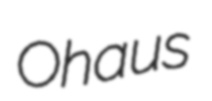
Ohaus